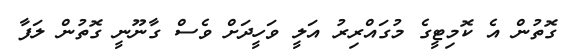
ގޮތުން އެ ކޮމިޓީގެ މުގައްރިރު އަލީ ވަހީދަށް ވެސް ގާނޫނީ ގޮތުން ލަފާ